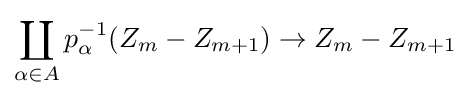
\coprod _{\alpha \in A}p_{\alpha }^{-1}(Z_{m}-Z_{m+1})\to Z_{m}-Z_{m+1}